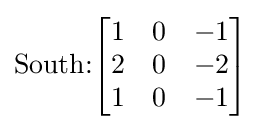
{\text{South:}}{\begin{bmatrix}1&0&-1\\2&0&-2\\1&0&-1\end{bmatrix}}